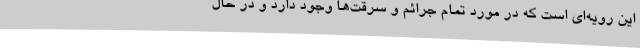
این رویه‌ای است که در مورد تمام جرائم و سرقت‌ها وجود دارد و در حال